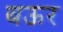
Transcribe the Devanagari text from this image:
बऊर